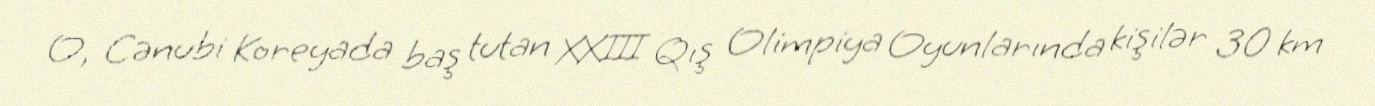
O, Cənubi Koreyada baş tutan XXIII Qış Olimpiya Oyunlarında kişilər 30 km